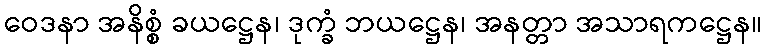
ဝေဒနာ အနိစ္စံ ခယဋ္ဌေန၊ ဒုက္ခံ ဘယဋ္ဌေန၊ အနတ္တာ အသာရကဋ္ဌေန။